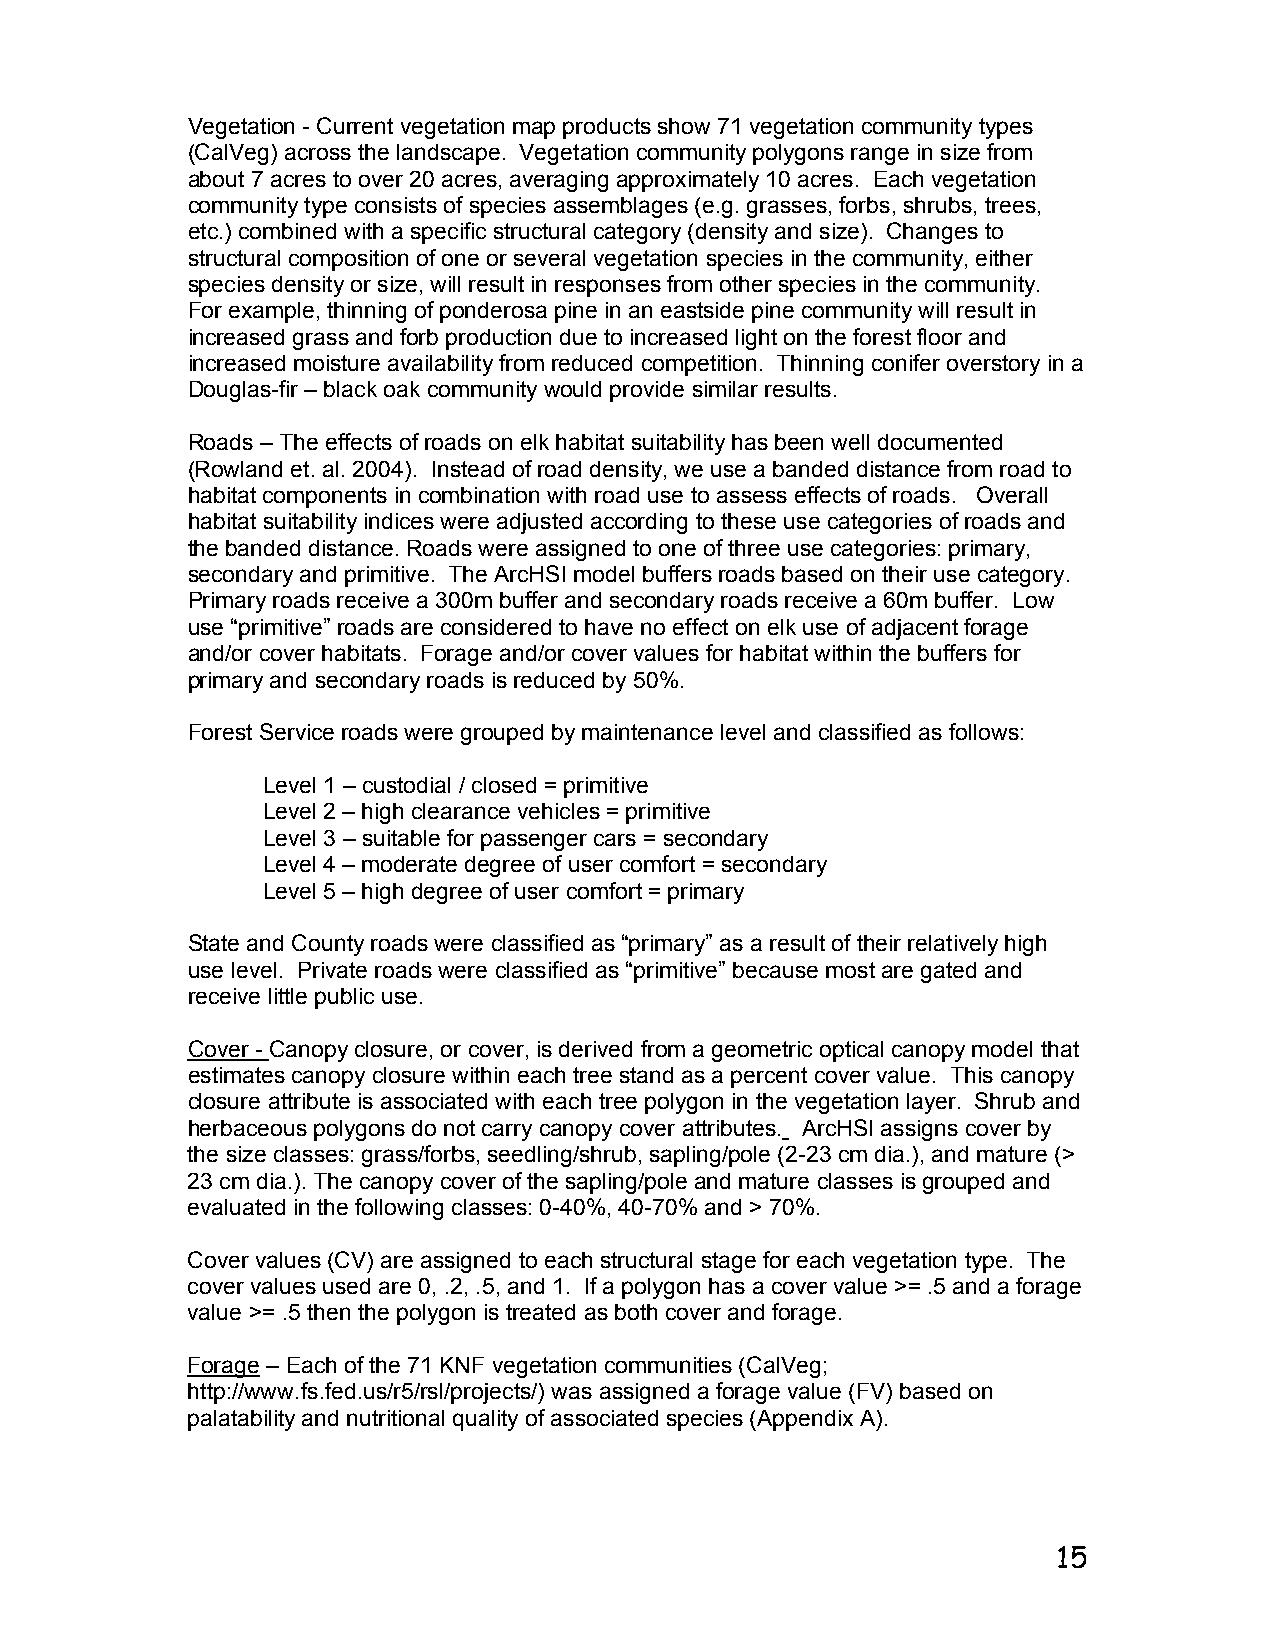
Vegetation - Current vegetation map products show 71 vegetation community types
 (CalVeg) across the landscape. Vegetation community polygons range in size from
 about 7 acres to over 20 acres, averaging approximately 10 acres. Each vegetation
 community type consists of species assemblages (e.g. grasses, forbs, shrubs, trees,
 etc.) combined with a specific structural category (density and size). Changes to
 structural composition of one or several vegetation species in the community, either
 species density or size, will result in responses from other species in the community.
 For example, thinning of ponderosa pine in an eastside pine community will result in
 increased grass and forb production due to increased light on the forest floor and
 increased moisture availability from reduced competition. Thinning conifer overstory in a
 Douglas-fir – black oak community would provide similar results.
 Roads – The effects of roads on elk habitat suitability has been well documented
 (Rowland et. al. 2004). Instead of road density, we use a banded distance from road to
 habitat components in combination with road use to assess effects of roads. Overall
 habitat suitability indices were adjusted according to these use categories of roads and
 the banded distance. Roads were assigned to one of three use categories: primary,
 secondary and primitive. The ArcHSI model buffers roads based on their use category.
 Primary roads receive a 300m buffer and secondary roads receive a 60m buffer. Low
 use “primitive” roads are considered to have no effect on elk use of adjacent forage
 and/or cover habitats. Forage and/or cover values for habitat within the buffers for
 primary and secondary roads is reduced by 50%.
 Forest Service roads were grouped by maintenance level and classified as follows:
 Level 1 – custodial / closed = primitive
 Level 2 – high clearance vehicles = primitive
 Level 3 – suitable for passenger cars = secondary
 Level 4 – moderate degree of user comfort = secondary
 Level 5 – high degree of user comfort = primary
 State and County roads were classified as “primary” as a result of their relatively high
 use level. Private roads were classified as “primitive” because most are gated and
 receive little public use.
 Cover - Canopy closure, or cover, is derived from a geometric optical canopy model that
 estimates canopy closure within each tree stand as a percent cover value. This canopy
 closure attribute is associated with each tree polygon in the vegetation layer. Shrub and
 herbaceous polygons do not carry canopy cover attributes. ArcHSI assigns cover by
 the size classes: grass/forbs, seedling/shrub, sapling/pole (2-23 cm dia.), and mature (>
 23 cm dia.). The canopy cover of the sapling/pole and mature classes is grouped and
 evaluated in the following classes: 0-40%, 40-70% and > 70%.
 Cover values (CV) are assigned to each structural stage for each vegetation type. The
 cover values used are 0, .2, .5, and 1. If a polygon has a cover value >= .5 and a forage
 value >= .5 then the polygon is treated as both cover and forage.
 Forage – Each of the 71 KNF vegetation communities (CalVeg;
 http://www.fs.fed.us/r5/rsl/projects/) was assigned a forage value (FV) based on
 palatability and nutritional quality of associated species (Appendix A).
 15